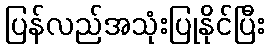
ပြန်လည်အသုံးပြုနိုင်ပြီး